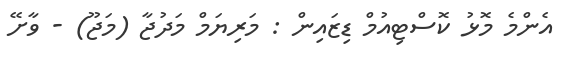
އެންމެ މޮޅު ކޮސްޓިއުމް ޑިޒައިން : މަރިޔަމް މަދުޖާ (މަޖޫ) - ވާށޭ